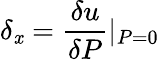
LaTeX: \delta_{\mathit{x}}=\frac{{\delta{u}}}{{\delta{P}}}\textbar{_{P=0}}